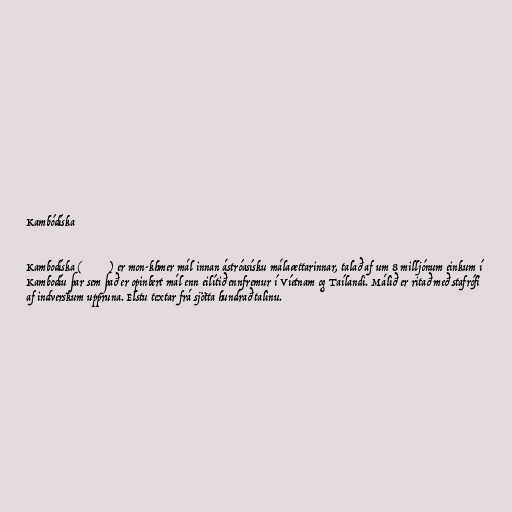
Kambódíska

Kambodíska (ភាសាខ្មែរ) er mon-khmer mál innan ástróasísku málaættarinnar, talað af um 8 milljónum einkum í
Kambodíu þar sem það er opinbert mál enn eilítið ennfremur í Víetnam og Taílandi. Málið er ritað með stafrófi
af indverskum uppruna. Elstu textar frá sjötta hundrað talinu.